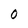
Character: 0